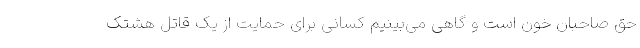
حق صاحبان خون است و گاهی می‌بینیم کسانی برای حمایت از یک قاتل هشتک